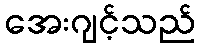
အေးဂျင့်သည်